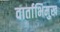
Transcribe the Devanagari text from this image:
वार्ताभिमुख